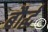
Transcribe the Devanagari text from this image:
बौर्द्ध